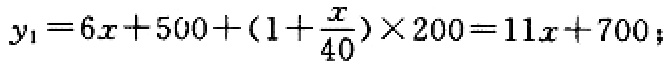
\(y_{1}=6x + 500+(1+\frac{x}{40})\times200 = 11x + 700;\)